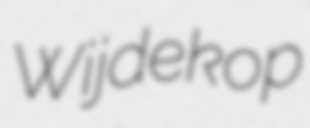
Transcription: Wijdekop